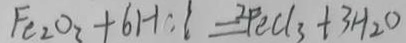
F e _ { 2 } O _ { 3 } + 6 H C l = 2 F e C l _ { 3 } + 3 H _ { 2 } O